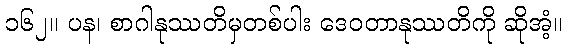
၁၆၂။ ပန၊ စာဂါနုဿတိမှတစ်ပါး ဒေဝတာနုဿတိကို ဆိုအံ့။